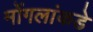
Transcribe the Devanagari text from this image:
मोंगलांकडे